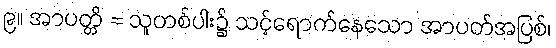
၉။ အာပတ္တိ = သူတစ်ပါး၌ သင့်ရောက်နေသော အာပတ်အပြစ်၊